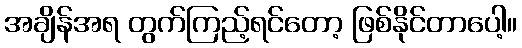
အချိန်အရ တွက်ကြည့်ရင်တော့ ဖြစ်နိုင်တာပေါ့။